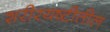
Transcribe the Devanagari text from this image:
शरीरयष्टीतील